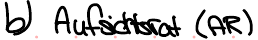
b) Aufsichtsrat (AR)